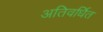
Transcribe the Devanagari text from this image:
अतिवर्धित